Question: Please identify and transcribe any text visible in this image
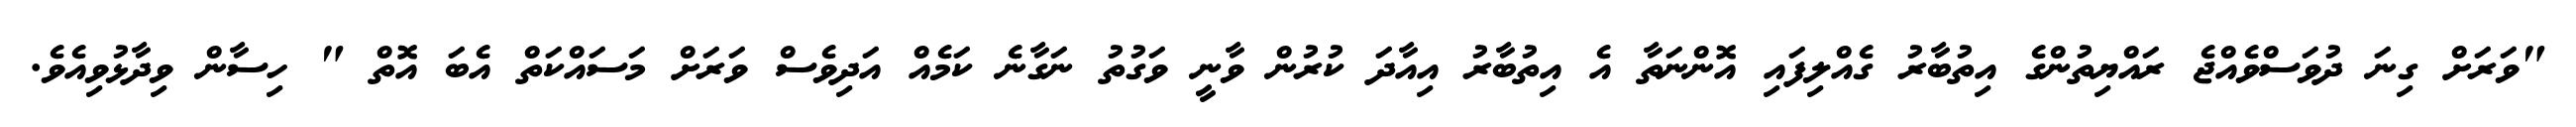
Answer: "ވަރަށް ގިނަ ދުވަސްވެއްޖެ ރައްޔިތުންގެ އިތުބާރު ގެއްލިފައި އޮންނަތާ އެ އިތުބާރު އިއާދަ ކުރުން ވާނީ ވަގުތު ނަގާނެ ކަމެއް އަދިވެސް ވަރަށް މަސައްކަތް އެބަ އޮތް " ހިސާން ވިދާޅުވިއެވެ.